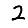
Digit: 2